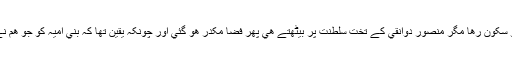
بني عباس کے تخت سلطنت پر بيٹھنے کے بعد کچھ دن تو اولاد رسول(ع)کو سکون رھا مگر منصور دوانقي کے تخت سلطنت پر بيٹھتے ھي پھر فضا مکدر ھو گئي اور چونکہ يقين تھا کہ بني اميہ کو جو ھم نے شکست دي ہے وہ اولاد فاطمہ(ع)کے ساتھ ھمدردي ھي سے فائدہ اٹھا کر۔